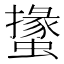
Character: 𧑝